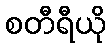
စတီရီယို